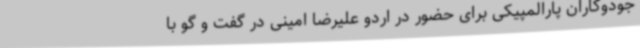
جودوکاران پارالمپیکی برای حضور در اردو علیرضا امینی در گفت و گو با